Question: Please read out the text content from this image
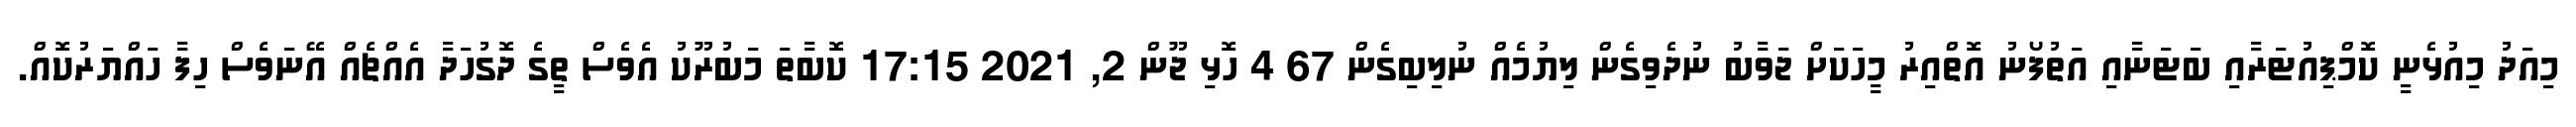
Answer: މިއަދު މިއުޅެނީ ކޮމްޕިއުޓަރާއި ބަޓަނާއި އަތުފޯނު އޮތްއިރު މީހަކަށް ޖަވާބު ނުދެވިގެން ލިޔުމެއް ނުލިބިގެން 67 4 ހޮޅި ޖޫން 2, 2021 17:15 ކޮބާތަ މަބުރޫކު އެވެސް ތީގެ ދޮގުހަދާ އެއްޗެއް އޭނަވެސް ހިފާ ހައްޔަރުކޮއް.